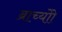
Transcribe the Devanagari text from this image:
ब्राच्योो